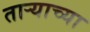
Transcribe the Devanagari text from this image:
ताऱ्‍याच्या